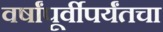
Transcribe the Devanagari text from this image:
वर्षांपूर्वीपर्यंतचा